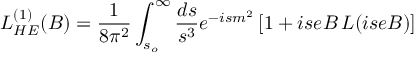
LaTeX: { \cal L } _ { H E } ^ { ( 1 ) } ( B ) = { \frac { 1 } { 8 \pi ^ { 2 } } } \int _ { s _ { o } } ^ { \infty } { \frac { d s } { s ^ { 3 } } } e ^ { - i s m ^ { 2 } } \, [ 1 + i s e B \, L ( i s e B ) ]